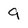
Character: 9